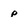
Character: p